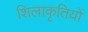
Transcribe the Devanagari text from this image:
शिलाकृतियों